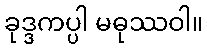
ခုဒ္ဒကပ္ပါ မဓုဿဝါ။